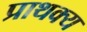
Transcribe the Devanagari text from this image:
प्राथक्य